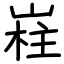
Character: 嵀